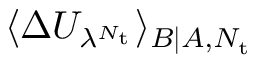
\langle \Delta U _ { \lambda ^ { N _ { \mathrm { t } } } } \rangle _ { B | A , N _ { \mathrm { t } } }